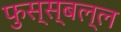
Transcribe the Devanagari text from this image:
फुस्स्बल्ल